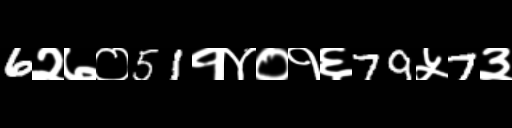
Text: 6२७०51१४०१६79५7३